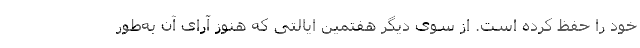
خود را حفظ کرده است. از سوی دیگر هفتمین ایالتی که هنوز آرای آن به‌طور